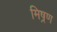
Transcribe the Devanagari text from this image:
मिष्रण